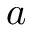
a